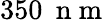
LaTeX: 350\: \mathrm{~n~m~}